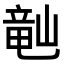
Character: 𬺘